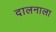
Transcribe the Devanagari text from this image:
दालनाला